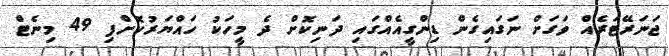
ޖަނަރޭޓަރެއް ވަގަށް ނަގައިގެން ޑިންގީއެއްގައި ދަނިކޮށް ދެ މީހަކު ހައްޔަރުކޮށްފި 49 މިނެޓް